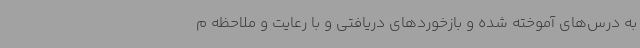
به درس‌های آموخته‌ شده و بازخوردهای دریافتی و با رعایت و ملاحظه م